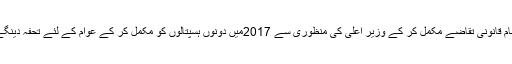
تمام قانونی تقاضے مکمل کر کے وزیر اعلیٰ کی منظوری سے 2017میں دونوں ہسپتالوں کو مکمل کر کے عوام کے لئے تحفہ دینگے۔